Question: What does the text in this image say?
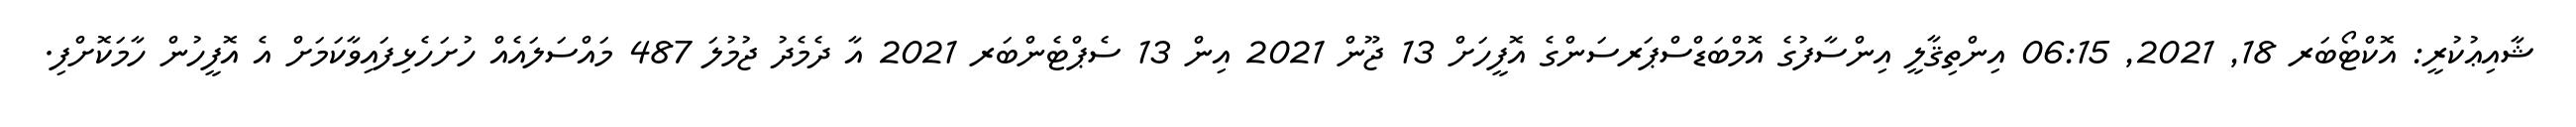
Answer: ޝާއިޢުކުރީ: އޮކްޓޯބަރ 18, 2021, 06:15 އިންތިޤާލީ އިންސާފުގެ އޮމްބަޑްސްޕަރސަންގެ އޮފީހަށް 13 ޖޫން 2021 އިން 13 ސެޕްޓެންބަރ 2021 އާ ދެމެދު ޖުމުލަ 487 މައްސަލައެއް ހުށަހެޅިފައިވާކަމަށް އެ އޮފީހުން ހާމަކޮށްފި.